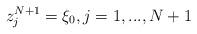
LaTeX: \begin{align*}z^{N+1}_{j}=\xi_{0}, j=1,...,N+1\end{align*}